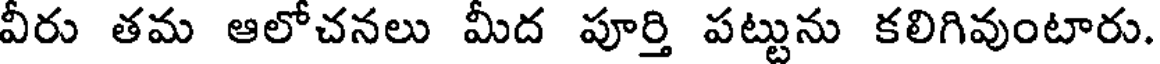
వీరు తమ ఆలోచనలు మీద పూర్తి పట్టును కలిగివుంటారు.